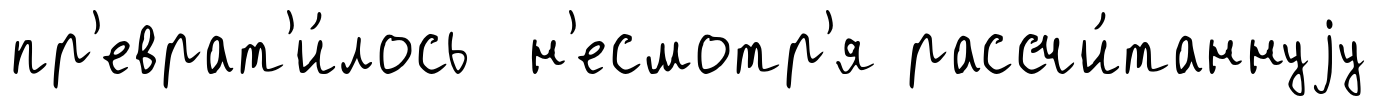
пр'еврат'и́лось н'есмотр'я рассчи́таннуjу